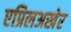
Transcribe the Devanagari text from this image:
एप्रिलअखेर